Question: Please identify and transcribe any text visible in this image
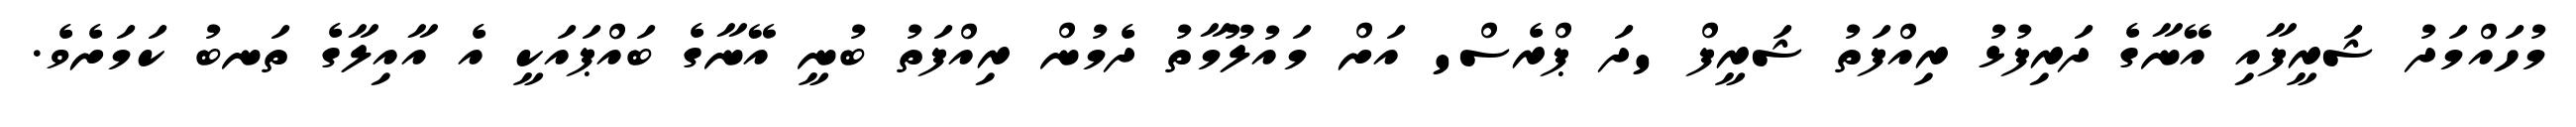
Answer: މުހައްމަދު ޝަރީފާއި އޭނާގެ ދަރިފުޅު ރިއްފަތު ޝަރީފް 'ދަ ޕްރެސް' އަށް މައުލޫމާތު ދެމުން ރިއްފަތު ބުނީ އޭނާގެ ބައްޕައަކީ އެ އާއިލާގެ ތަނބު ކަމަށެވެ.